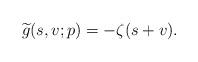
LaTeX: \begin{align*} \widetilde{g}(s,v;p)=-\zeta(s+v).\end{align*}